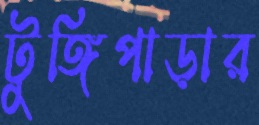
টুঙ্গিপাড়ার